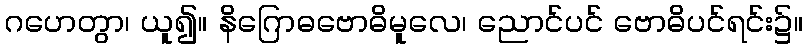
ဂဟေတွာ၊ ယူ၍။ နိဂြောဓဗောဓိမူလေ၊ ညောင်ပင် ဗောဓိပင်ရင်း၌။